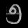
Digit: ၅